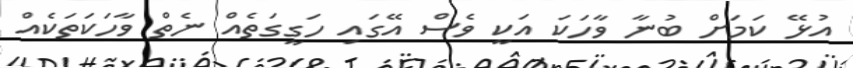
އުޅޭ ކަމަށް ބުނާ ވާހަކަ އަކީ ވެސް އޭގައި ހަގީގަތެއް ނެތް ވާހަކަތަކެއް